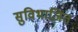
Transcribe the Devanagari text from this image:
सुविभाजित